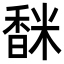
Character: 𩡅